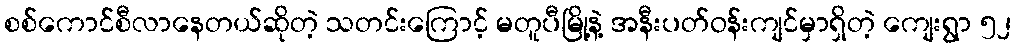
စစ်ကောင်စီလာနေတယ်ဆိုတဲ့ သတင်းကြောင့် မတူပီမြို့နဲ့ အနီးပတ်ဝန်းကျင်မှာရှိတဲ့ ကျေးရွာ ၅၂